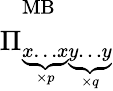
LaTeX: \Pi_{\underbrace{x\dots x}_{\times p}\underbrace{y\dots y}_{\times q}}^{\mathrm{MB}}